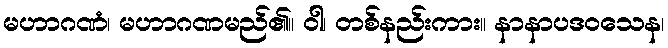
မဟာဂဏံ၊ မဟာဂဏမည်၏။ ဝါ၊ တစ်နည်းကား။ နာနာပဒဝသေန၊